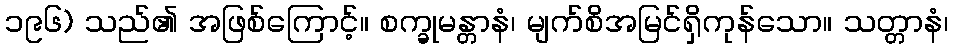
၁၉၆) သည်၏ အဖြစ်ကြောင့်။ စက္ခုမန္တာနံ၊ မျက်စိအမြင်ရှိကုန်သော။ သတ္တာနံ၊